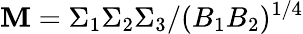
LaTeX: \mathbf{M}=\Sigma_{1}\Sigma_{2}\Sigma_{3}/(B_{1}B_{2})^{1/4}